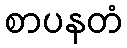
စာပနတံ